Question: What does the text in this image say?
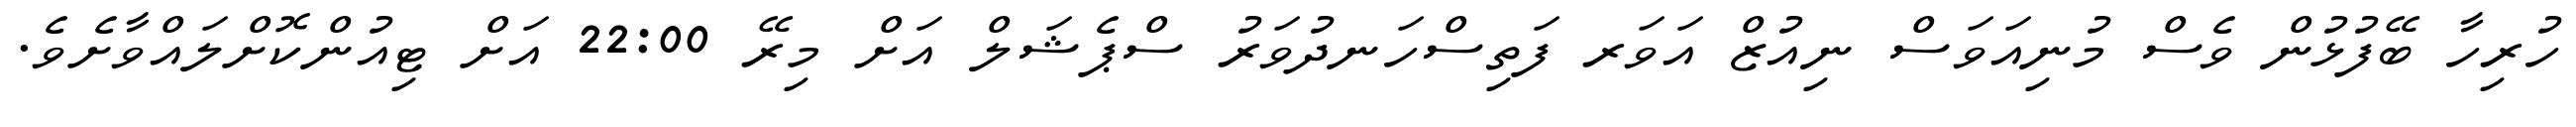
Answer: ހުރިހާ ބޭފުޅުން ވެސް މުނިއަވަސް ނިއުޒް އަވަރ ފަތިސްހަނދުވަރު ސްޕެޝަލް އަށް މިރޭ 22:00 އަށް ޓިއުންކޮށްލައްވާށެވެ.